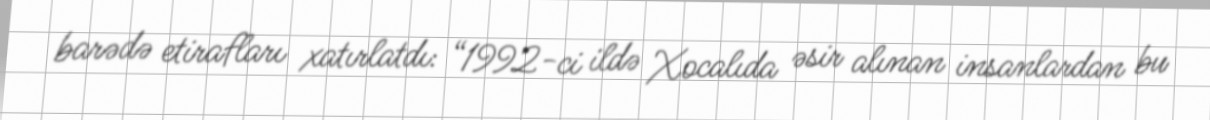
barədə etirafları xatırlatdı: “1992-ci ildə Xocalıda əsir alınan insanlardan bu